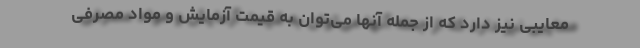
معایبی نیز دارد که از جمله آنها می‌توان به قیمت آزمایش و مواد مصرفی